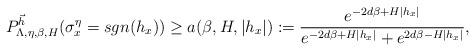
LaTeX: \begin{align*}P^{\vec{h}}_{\Lambda,\eta,\beta,H}(\sigma^{\eta}_x=sgn(h_x))\geq a(\beta,H,|h_x|):=\frac{e^{-2d\beta+H|h_x|}}{e^{-2d\beta+H|h_x|}+e^{2d\beta-H|h_x|}},\end{align*}